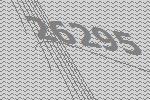
26295